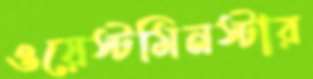
ওয়েস্টমিনস্টার